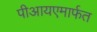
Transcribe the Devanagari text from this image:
पीआयएमार्फत